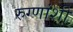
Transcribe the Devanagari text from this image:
रुग्णांशी